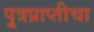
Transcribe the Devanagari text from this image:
पु्त्रप्राप्तीचा